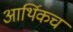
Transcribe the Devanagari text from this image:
आर्थिकच